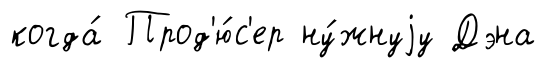
когда́ Прод'ю́с'ер ну́жнуjу Дэна